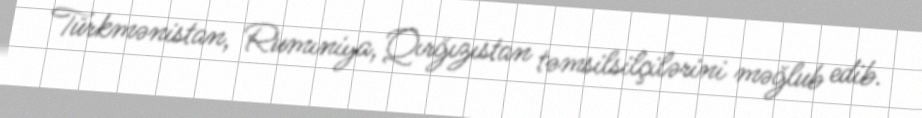
Türkmənistan, Rumıniya, Qırğızıstan təmsilsilçilərini məğlub edib.